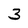
Character: 3